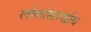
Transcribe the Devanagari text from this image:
लोकांसारखीच